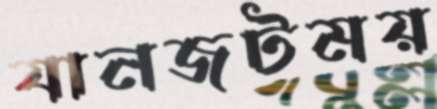
যানজটময়